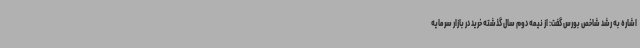
اشاره به رشد شاخص بورس گفت: از نیمه دوم سال گذشته خرید در بازار سرمایه